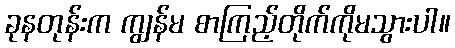
ခုနတုန်းက ကျွန်မ စာကြည့်တိုက်ကိုမသွားပါ။